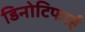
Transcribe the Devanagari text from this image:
डिनोटिफाई